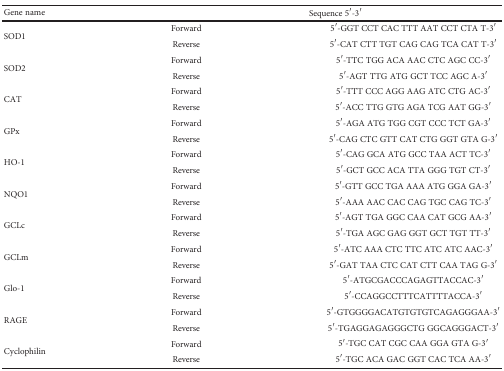
<table><thead><tr><td><b>Gene name</b></td><td colspan="2"><b>Sequence 5′-3′</b></td></tr></thead><tbody><tr><td rowspan="2">SOD1</td><td>Forward</td><td>5′-GGT CCT CAC TTT AAT CCT CTA T-3′</td></tr><tr><td>Reverse</td><td>5′-CAT CTT TGT CAG CAG TCA CAT T-3′</td></tr><tr><td rowspan="2">SOD2</td><td>Forward</td><td>5′-TTC TGG ACA AAC CTC AGC CC-3′</td></tr><tr><td>Reverse</td><td>5′-AGT TTG ATG GCT TCC AGC A-3′</td></tr><tr><td rowspan="2">CAT</td><td>Forward</td><td>5′-TTT CCC AGG AAG ATC CTG AC-3′</td></tr><tr><td>Reverse</td><td>5′-ACC TTG GTG AGA TCG AAT GG-3′</td></tr><tr><td rowspan="2">GPx</td><td>Forward</td><td>5′-AGA ATG TGG CGT CCC TCT GA-3′</td></tr><tr><td>Reverse</td><td>5′-CAG CTC GTT CAT CTG GGT GTA G-3′</td></tr><tr><td rowspan="2">HO-1</td><td>Forward</td><td>5′-CAG GCA ATG GCC TAA ACT TC-3′</td></tr><tr><td>Reverse</td><td>5′-GCT GCC ACA TTA GGG TGT CT-3′</td></tr><tr><td rowspan="2">NQO1</td><td>Forward</td><td>5′-GTT GCC TGA AAA ATG GGA GA-3′</td></tr><tr><td>Reverse</td><td>5′-AAA AAC CAC CAG TGC CAG TC-3′</td></tr><tr><td rowspan="2">GCLc</td><td>Forward</td><td>5′-AGT TGA GGC CAA CAT GCG AA-3′</td></tr><tr><td>Reverse</td><td>5′-TGA AGC GAG GGT GCT TGT TT-3′</td></tr><tr><td rowspan="2">GCLm</td><td>Forward</td><td>5′-ATC AAA CTC TTC ATC ATC AAC-3′</td></tr><tr><td>Reverse</td><td>5′-GAT TAA CTC CAT CTT CAA TAG G-3′</td></tr><tr><td rowspan="2">Glo-1</td><td>Forward</td><td>5′-ATGCGACCCAGAGTTACCAC-3′</td></tr><tr><td>Reverse</td><td>5′-CCAGGCCTTTCATTTTACCA-3′</td></tr><tr><td rowspan="2">RAGE</td><td>Forward</td><td>5′-GTGGGGACATGTGTGTCAGAGGGAA-3′</td></tr><tr><td>Reverse</td><td>5′-TGAGGAGAGGGCTG GGCAGGGACT-3′</td></tr><tr><td rowspan="2">Cyclophilin</td><td>Forward</td><td>5′-TGC CAT CGC CAA GGA GTA G-3′</td></tr><tr><td>Reverse</td><td>5′-TGC ACA GAC GGT CAC TCA AA-3′</td></tr></tbody></table>